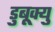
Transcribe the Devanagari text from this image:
डुबूक्यु